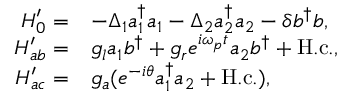
\begin{array} { r l } { H _ { 0 } ^ { \prime } = } & { - \Delta _ { 1 } a _ { 1 } ^ { \dagger } a _ { 1 } - \Delta _ { 2 } a _ { 2 } ^ { \dagger } a _ { 2 } - \delta b ^ { \dagger } b , } \\ { H _ { a b } ^ { \prime } = } & { g _ { l } a _ { 1 } b ^ { \dagger } + g _ { r } e ^ { i \omega _ { p } t } a _ { 2 } b ^ { \dagger } + \mathrm { H . c . } , } \\ { H _ { a c } ^ { \prime } = } & { g _ { a } ( e ^ { - i \theta } a _ { 1 } ^ { \dagger } a _ { 2 } + \mathrm { H . c . } ) , } \end{array}